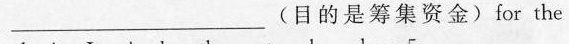
—— (目的是筹集资金) for the